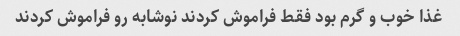
غذا خوب و گرم بود فقط فراموش کردند نوشابه رو فراموش کردند